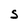
Character: S